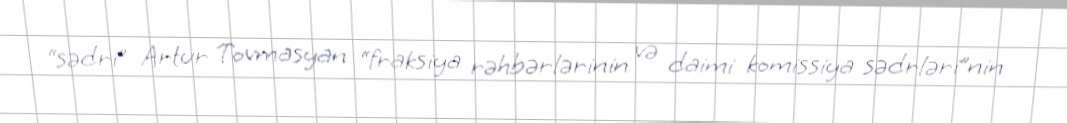
“sədri” Artur Tovmasyan “fraksiya rəhbərlərinin və daimi komissiya sədrləri”nin